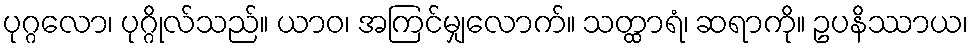
ပုဂ္ဂလော၊ ပုဂ္ဂိုလ်သည်။ ယာဝ၊ အကြင်မျှလောက်။ သတ္ထာရံ၊ ဆရာကို။ ဥပနိဿာယ၊